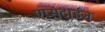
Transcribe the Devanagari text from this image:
एप्सटाईन